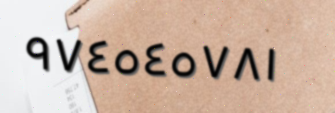
٩٧٤٥٤٥٧٨١